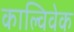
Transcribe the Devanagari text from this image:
काल्विवेक